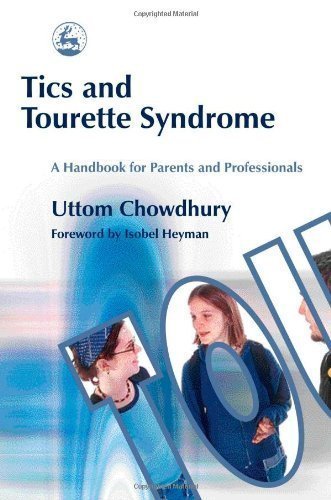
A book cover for Tics and Tourette Syndrome: A Handbook for Parents and Professionals 1st (first) Edition by Chowdhury, Uttom published by Jessica Kingsley Pub (2004); Health, Fitness & Dieting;